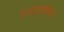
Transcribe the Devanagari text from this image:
एपॉप्टॉसिस